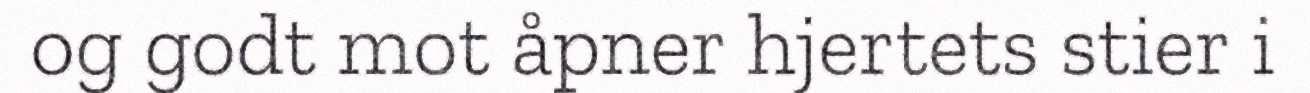
og godt mot åpner hjertets stier i